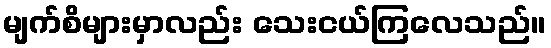
မျက်စိများမှာလည်း သေးငယ်ကြလေသည်။